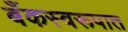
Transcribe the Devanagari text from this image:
बँकस्वरूपात